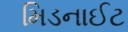
મિડનાઈટ